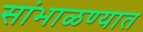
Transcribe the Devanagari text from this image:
सांभाळण्यात